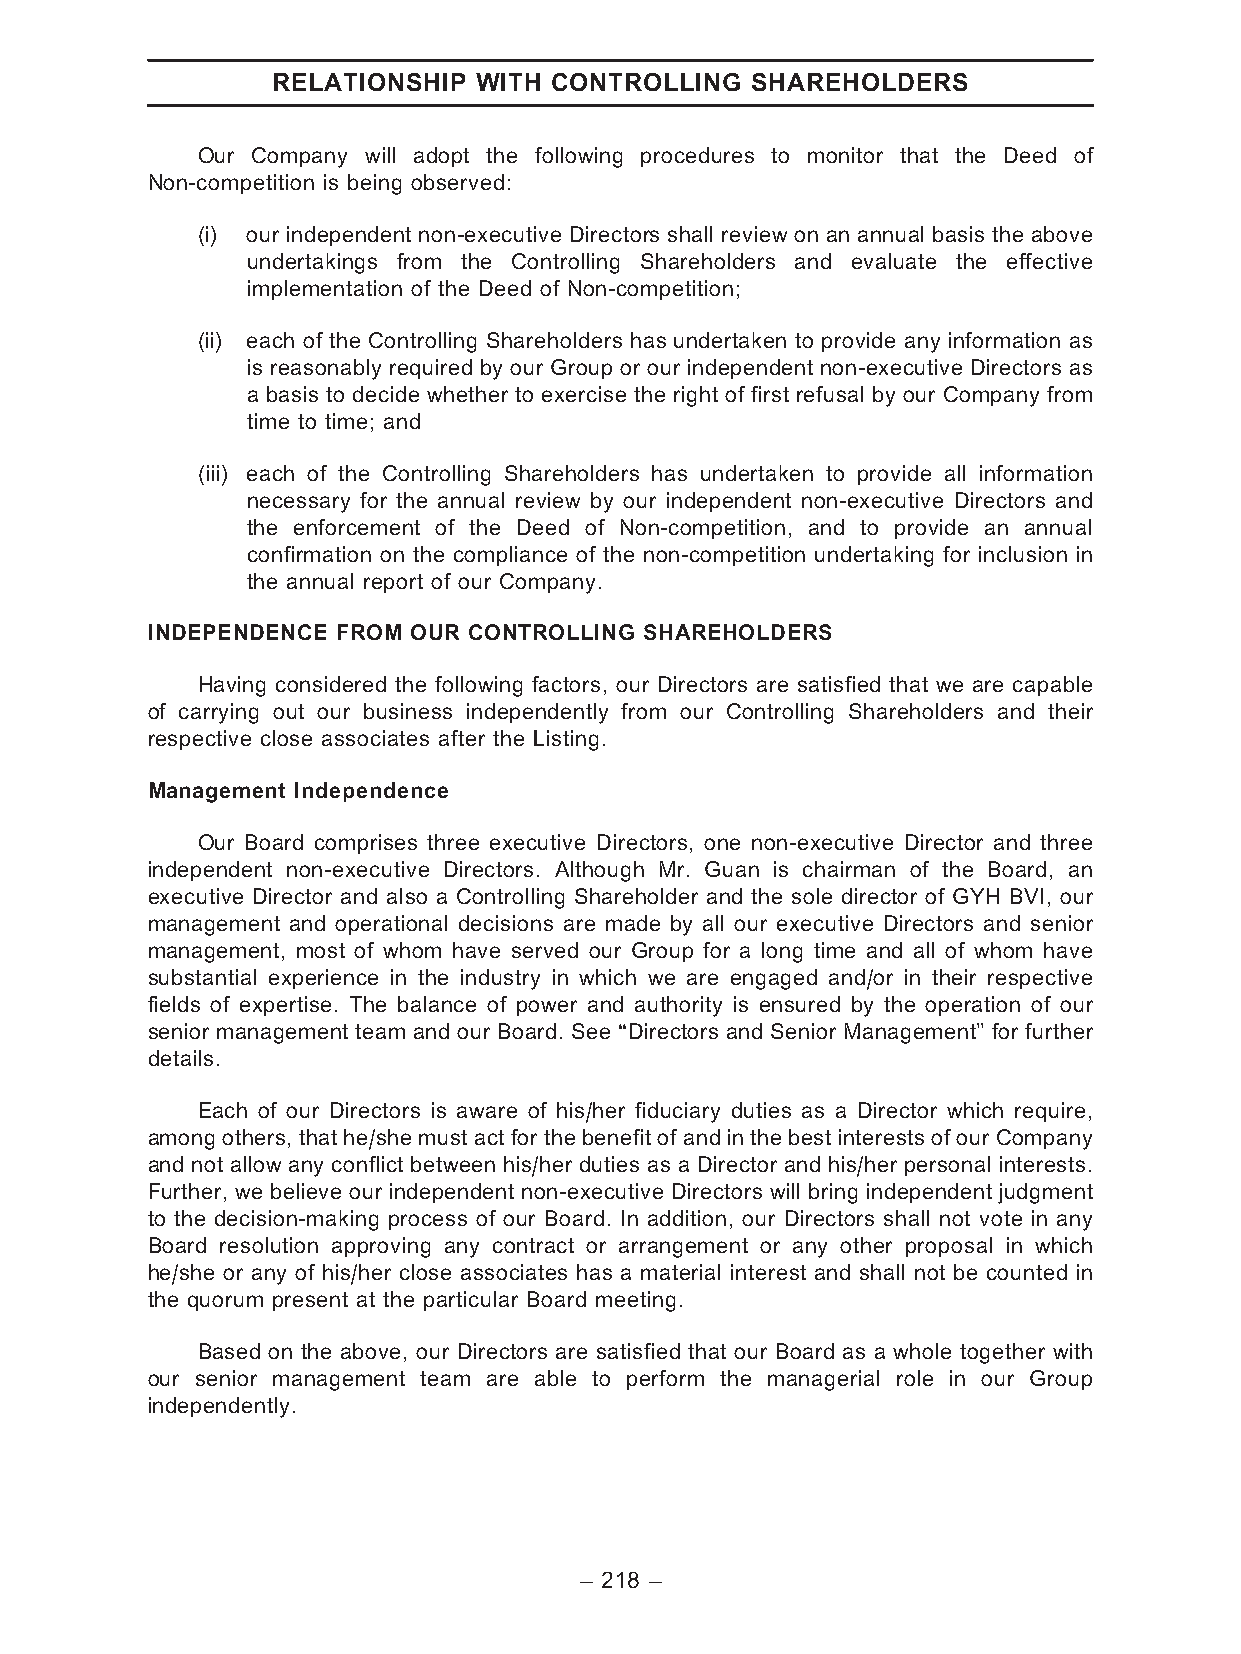
RELATIONSHIP WITH CONTROLLING   SHAREHOLDERS
 Our Company will adopt the following procedures to monitor that the Deed of
 Non-competition is being observed:
 (i) our independent non-executive Directors shall review on an annual basis the above
 undertakings from the Controlling Shareholders and evaluate the effective
 implementation of the Deed of Non-competition;
 (ii) each of the Controlling Shareholders has undertaken to provide any information as
 is reasonably required by our Group or our independent non-executive Directors as
 a basis to decide whether to exercise the right of first refusal by our Company from
 time to time; and
 (iii) each of the Controlling Shareholders has undertaken to provide all information
 necessary for the annual review by our independent non-executive Directors and
 the enforcement of the Deed of Non-competition, and to provide an annual
 confirmation on the compliance of the non-competition undertaking for inclusion in
 the annual report of our Company.
 INDEPENDENCE FROM OUR CONTROLLING SHAREHOLDERS
 Having considered the following factors, our Directors are satisfied that we are capable
 of carrying out our business independently from our Controlling Shareholders and their
 respective close associates after the Listing.
 Management Independence
 Our Board comprises three executive Directors, one non-executive Director and three
 independent non-executive Directors. Although Mr. Guan is chairman of the Board, an
 executive Director and also a Controlling Shareholder and the sole director of GYH BVI, our
 management and operational decisions are made by all our executive Directors and senior
 management, most of whom have served our Group for a long time and all of whom have
 substantial experience in the industry in which we are engaged and/or in their respective
 fields of expertise. The balance of power and authority is ensured by the operation of our
 senior management team and our Board. See ‘‘Directors and Senior Management’’ for further
 details.
 Each of our Directors is aware of his/her fiduciary duties as a Director which require,
 among others, that he/she must act for the benefit of and in the best interests of our Company
 and not allow any conflict between his/her duties as a Director and his/her personal interests.
 Further, we believe our independent non-executive Directors will bring independent judgment
 to the decision-making process of our Board. In addition, our Directors shall not vote in any
 Board resolution approving any contract or arrangement or any other proposal in which
 he/she or any of his/her close associates has a material interest and shall not be counted in
 the quorum present at the particular Board meeting.
 Based on the above, our Directors are satisfied that our Board as a whole together with
 our senior management team are able to perform the managerial role in our Group
 independently.
 – 218 –